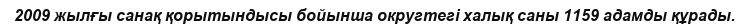
2009 жылғы санақ қорытындысы бойынша округтегі халық саны 1159 адамды құрады.